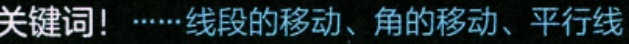
关键词！……线段的移动、角的移动、平行线